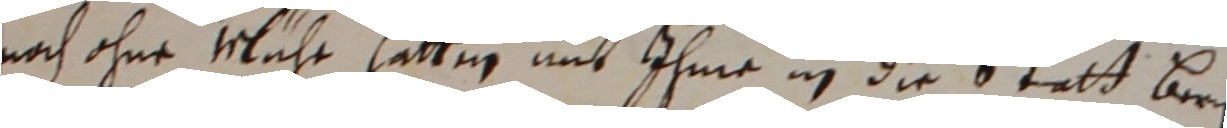
nach ohne wluhr hatten mit ihme in die statt beren